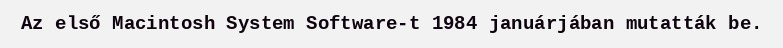
Az első Macintosh System Software-t 1984 januárjában mutatták be.